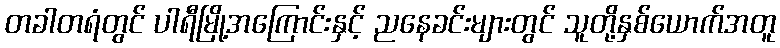
တခါတရံတွင် ပါရီမြို့အကြောင်းနှင့် ညနေခင်းများတွင် သူတို့နှစ်ယောက်အတူ